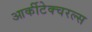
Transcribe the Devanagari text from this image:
आर्कीटेक्चरल्स